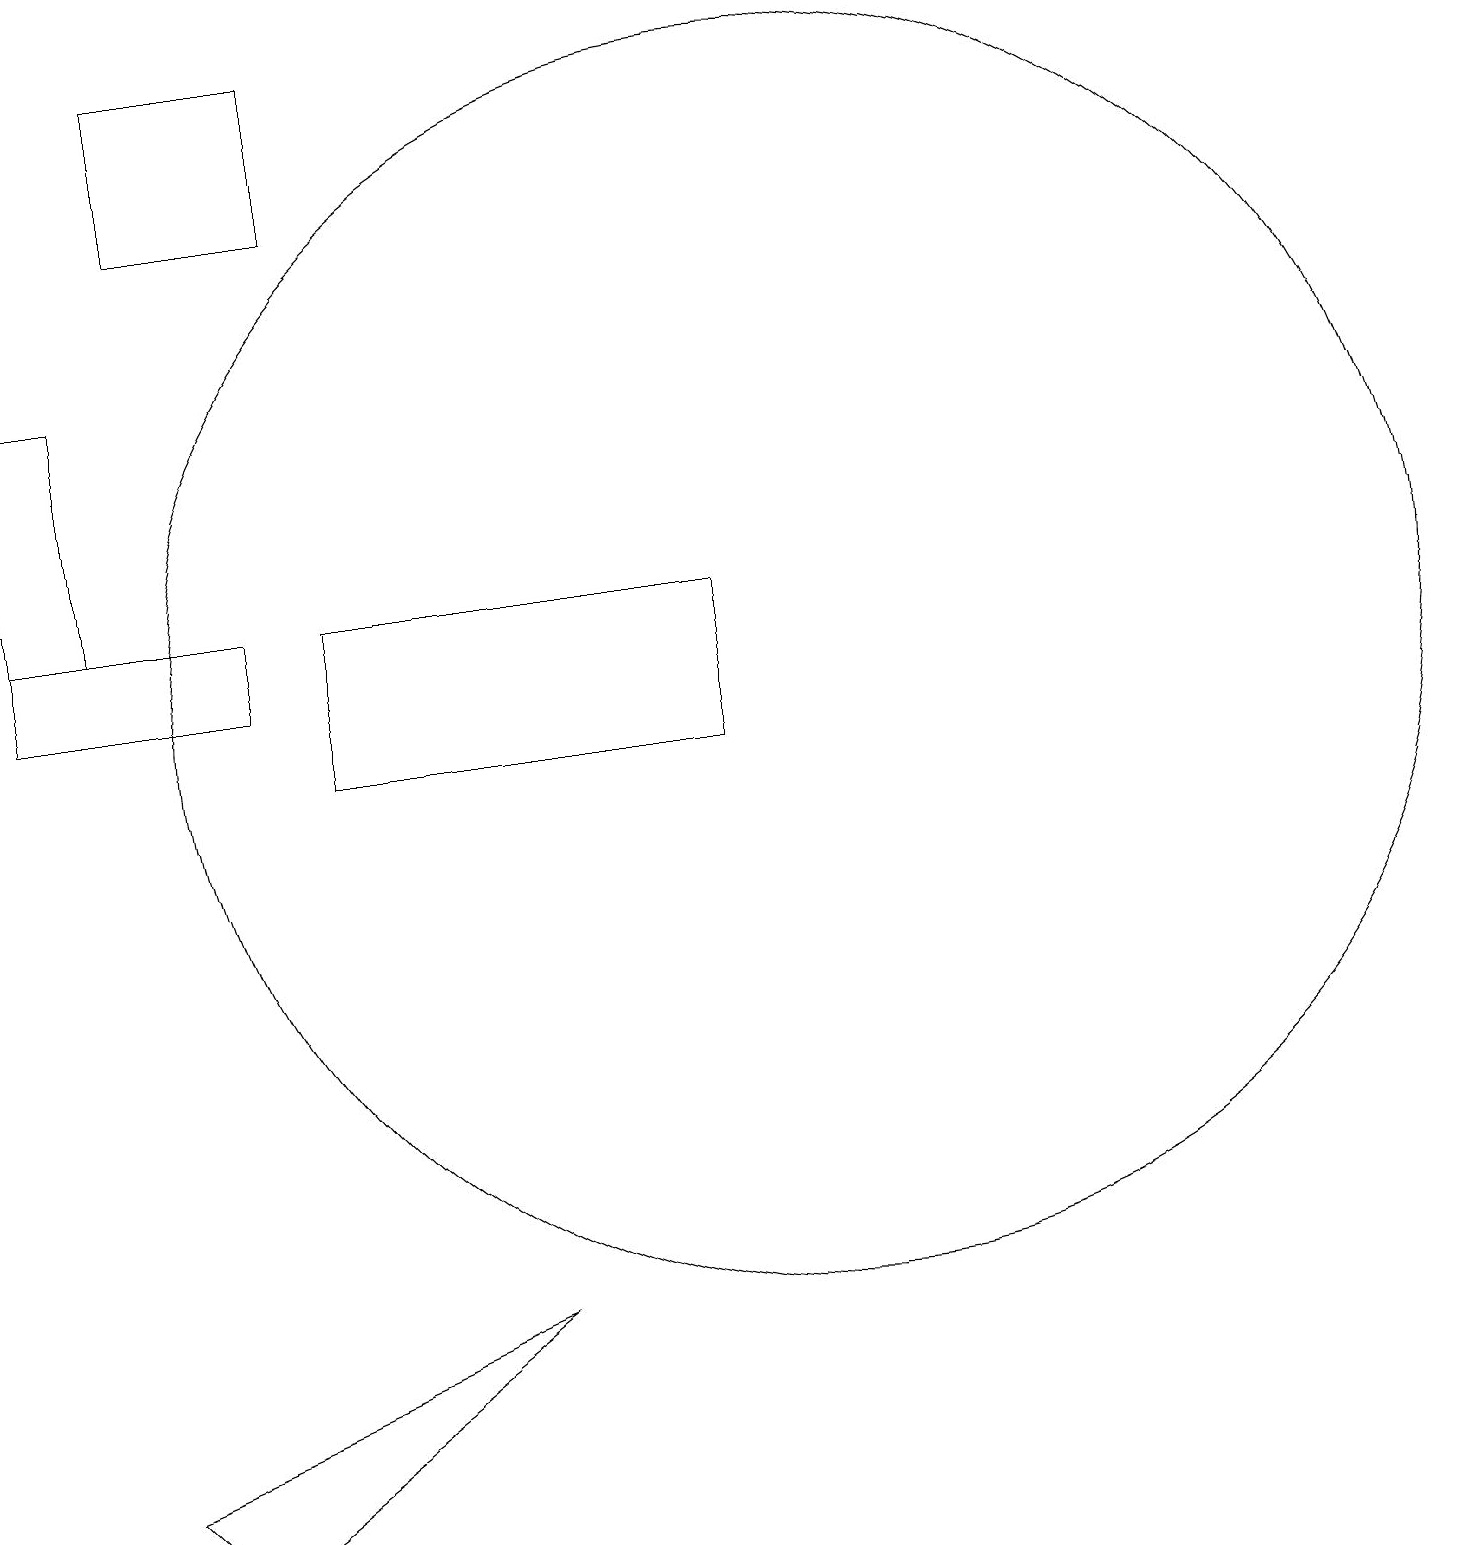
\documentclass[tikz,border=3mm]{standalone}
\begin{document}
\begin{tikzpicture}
\draw (4,19) rectangle (2,17);
\draw (0,11) rectangle (3,12);
\draw (6,3) -- (1,1) -- (2,0) -- cycle;
\draw (1,12) rectangle (0,15);
\draw (9,12) rectangle (4,10);
\draw (10,11) circle (8);
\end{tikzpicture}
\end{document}